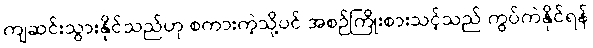
ကျဆင်းသွားနိုင်သည်ဟု စကားကဲ့သို့ပင် အစဉ်ကြိုးစားသင့်သည် ကွပ်ကဲနိုင်ရန်